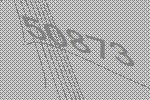
50873